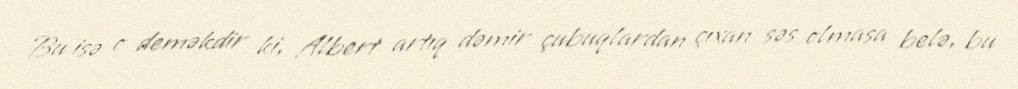
Bu isə o deməkdir ki, Albert artıq dəmir çubuqlardan çıxan səs olmasa belə, bu